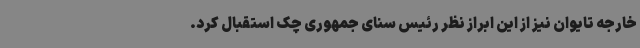
خارجه تایوان نیز از این ابراز نظر رئیس سنای جمهوری چک استقبال کرد.